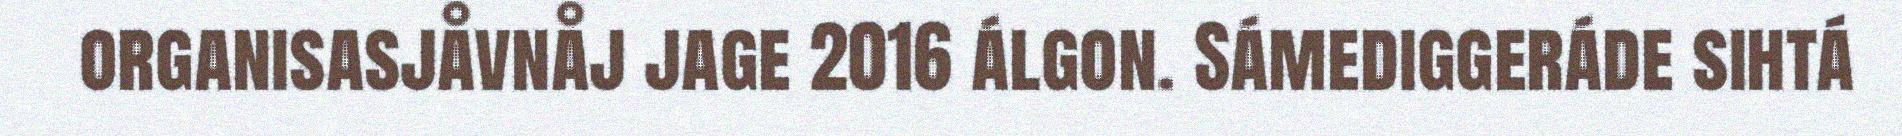
organisasjåvnåj jage 2016 álgon. Sámediggeráde sihtá